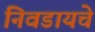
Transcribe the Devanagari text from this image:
निवडायचे